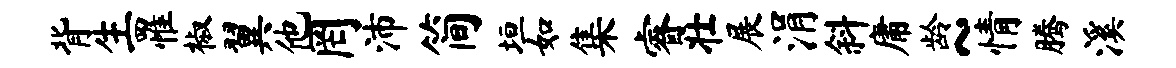
背生罹椒翼他罔沛简垣如集睿壮展涓斜庸龄~情腾溪